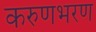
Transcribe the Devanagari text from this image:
करुणभरण